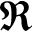
\Re